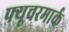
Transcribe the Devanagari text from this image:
फ्यूचरमार्क